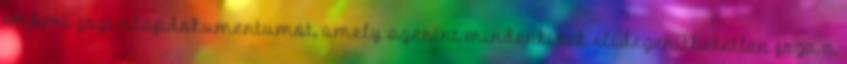
emberi jogi alapdokumentumot, amely szerint mindenkinek elidegeníthetetlen joga a